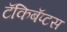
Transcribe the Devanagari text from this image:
टॅकिबॅप्टस